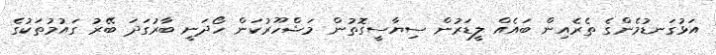
އަޅުގަނޑުމެންގެ ތެރެއިން ބައެއް ލީޑަރުން ސިޔާސީގޮތުން މަޝްހޫރުކަން ހޯދަނީ ބާރުގަދަ ބޭރު ގައުމުތަކުގެ